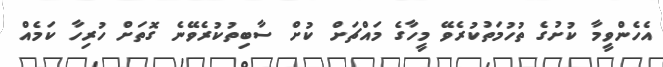
އެހެންވީމާ ކުށުގެ ތުހުމަތުކުރެވޭ މީހާގެ މައްޗަށް ކުށް ސާބިތުކުރެވޭނެ ގޮތަށް ހުރިހާ ކަމެއް